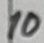
Text: 10